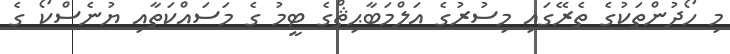
މި ހޯދުންތަކުގެ ތެރޭގައި މިސުރުގެ އަލްމަބާޙިޘްގެ ޓީމު ގެ މަސައްކަތާއި ޔުނެސްކޯ ގެ